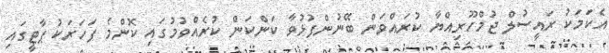
އެކަމަކު ރައީސުލް ޖުމްހޫރިއްޔާ ކުރައްވަން ބޭނުންފުޅުވާ ކަންކަން ކުރެއްވުމުގައި ކޮންމެ ފަހަރަކު ޕާޓީގައި